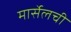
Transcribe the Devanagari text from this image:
मार्सेलची